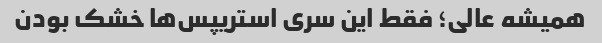
همیشه عالی؛ فقط این سری استریپس‌ها خشک بودن